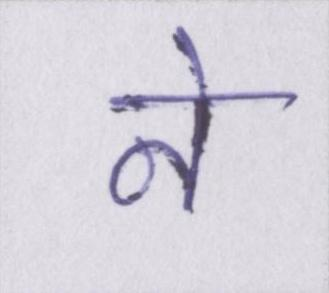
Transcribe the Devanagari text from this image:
ने